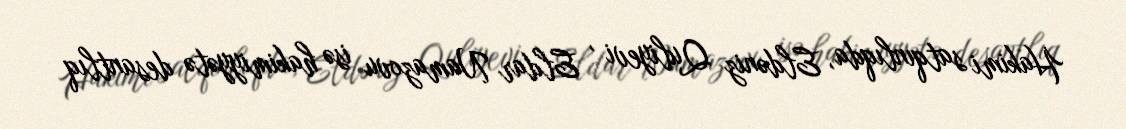
Hakimi satqınlıqda, Eldəniz Quliyevi , Eldar Namazovu isə hakimiyyətə desantlıq